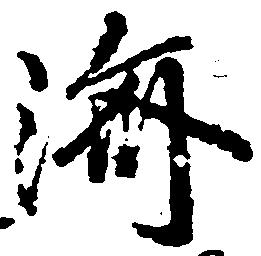
済